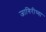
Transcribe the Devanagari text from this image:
जागिरीच्या